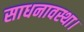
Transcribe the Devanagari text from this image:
साधनावस्था।